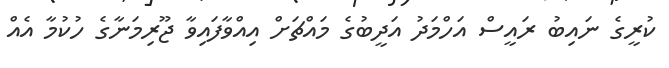
ކުރީގެ ނައިބު ރައީސް އަހްމަދު އަދީބުގެ މައްޗަށް އިއްވާފައިވާ ޖޫރިމަނާގެ ހުކުމާ އެއް